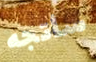
سأتجه